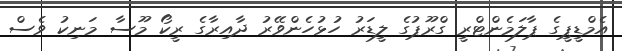
އެމްޑީޕީގެ ޕާލަމެންޓްރީ ގްރޫޕުގެ ލީޑަރު ހުޅުހެންވޭރު ދާއިރާގެ ރީކޯ މޫސާ މަނިކު ވެސް